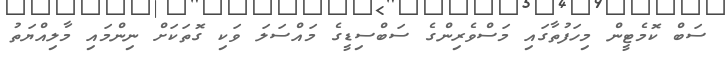
ސަބް ކޮމެޓީން މިހަފުތާގައި މަސްވެރިންގެ ސަބްސިޑީގެ މައްސަލަ ވަކި ގޮތަކަށް ނިންމައި މާލިއްޔަތު